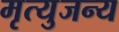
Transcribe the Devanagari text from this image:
मृत्युजन्य